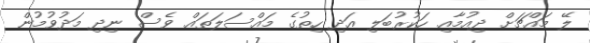
ލޭ މައްޗަށް ދިއުމާއި ހަކުރުބަލި އަދި ހިތުގެ މައްސަލަތައް ވެސް ނިދި މަދުވުމުން